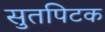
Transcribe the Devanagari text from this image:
सुतपिटक